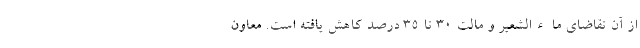
از آن تقاضای ماءالشعیر و مالت ۳۰ تا ۳۵ درصد کاهش یافته است. معاون